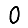
Digit: 0